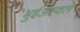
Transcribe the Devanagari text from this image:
भुईअस्वले